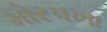
મોરપખા